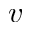
\boldsymbol { v }